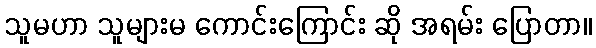
သူမဟာ သူများမ ကောင်းကြောင်း ဆို အရမ်း ပြောတာ။